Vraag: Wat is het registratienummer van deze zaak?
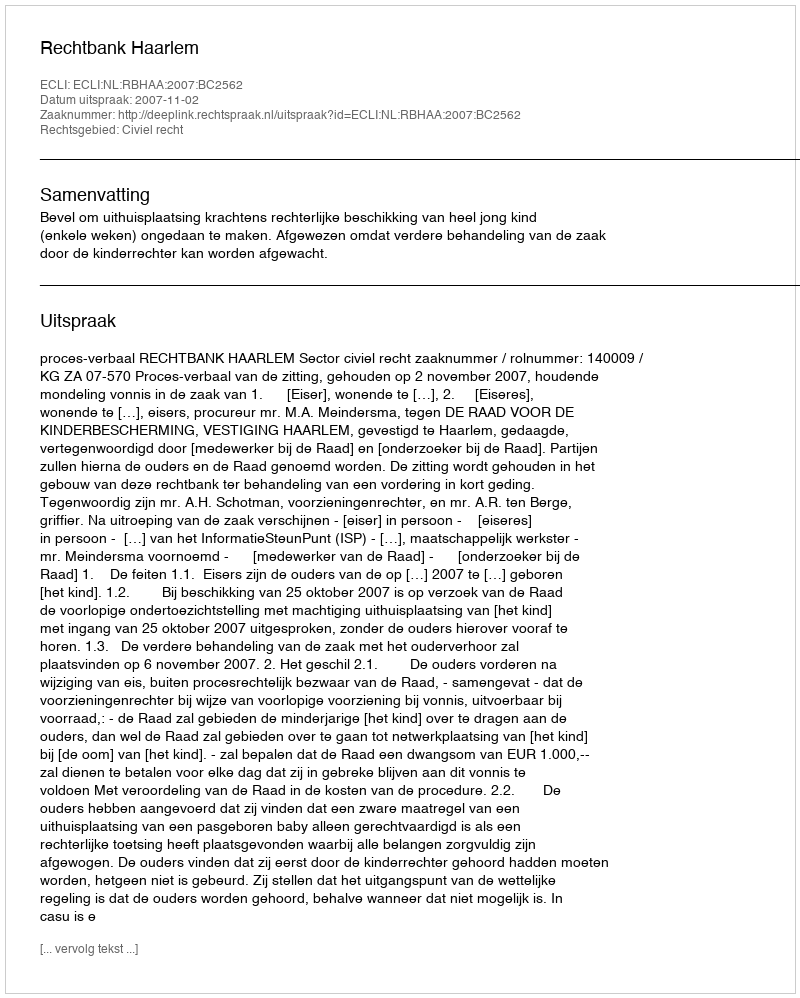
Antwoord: http://deeplink.rechtspraak.nl/uitspraak?id=ECLI:NL:RBHAA:2007:BC2562